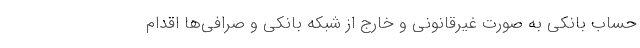
حساب بانکی به صورت غیرقانونی و خارج از شبکه بانکی و صرافی‌ها اقدام